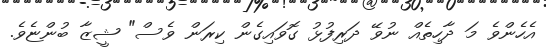
އެހެންވެ މަ ދާހިތެއް ނުވޭ ދަރިފުޅު ގޮވައިގެން ކިރަން ވެސް" ޝީޒާ ބުންޏެވެ.